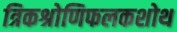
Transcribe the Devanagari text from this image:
त्रिकश्रोणिफलकशोथ